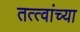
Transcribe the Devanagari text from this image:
तत्‍त्वांच्या